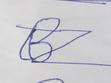
Signature authenticity: forged